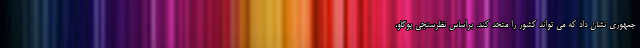
جمهوری نشان داد که می تواند کشور را متحد کند. براساس نظرسنجی یوگاو،